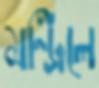
মন্ট্রিলে